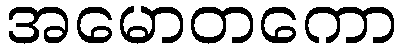
အမောတကော